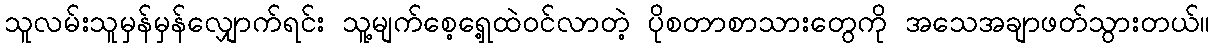
သူလမ်းသူမှန်မှန်လျှောက်ရင်း သူ့မျက်စေ့ရှေ့ထဲဝင်လာတဲ့ ပိုစတာစာသားတွေကို အသေအချာဖတ်သွားတယ်။